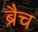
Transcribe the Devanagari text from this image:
ब्रैच